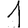
Digit: 1